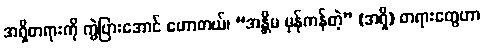
အရှိတရားကို ကွဲပြားအောင် ဟောတယ်၊ “အန္တိမ မှန်ကန်တဲ့” (အရှိ) တရားတွေဟာ